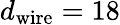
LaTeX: d_{\mathrm{wire}}=18